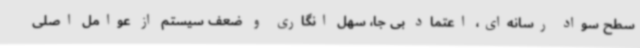
سطح سواد رسانه‌ای، اعتماد بی جا، سهل انگاری و ضعف سیستم از عوامل اصلی